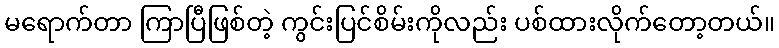
မရောက်တာ ကြာပြီဖြစ်တဲ့ ကွင်းပြင်စိမ်းကိုလည်း ပစ်ထားလိုက်တော့တယ်။